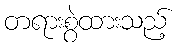
တရားစွဲထားသည့်